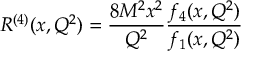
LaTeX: R ^ { ( 4 ) } ( x , Q ^ { 2 } ) = \frac { 8 M ^ { 2 } x ^ { 2 } } { Q ^ { 2 } } \frac { f _ { 4 } ( x , Q ^ { 2 } ) } { f _ { 1 } ( x , Q ^ { 2 } ) }